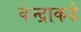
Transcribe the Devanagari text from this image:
केन्द्राकडे